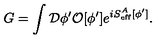
G = \int { \cal D } \phi ^ { \prime } { \cal O } [ \phi ^ { \prime } ] e ^ { i S _ { \mathrm { e f f } } ^ { A } [ \phi ^ { \prime } ] } .